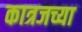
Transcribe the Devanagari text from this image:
कात्रजच्या